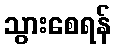
သွားစေရန်